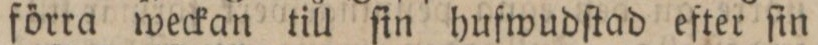
förra weckan till ſin hufwudſtad efter ſin